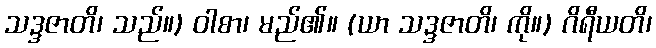
သဒ္ဒဇာတိ၊ သည်။) ဝါစာ၊ မည်၏။ (ယာ သဒ္ဒဇာတိ၊ ကို။) ဂိရီယတိ၊